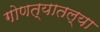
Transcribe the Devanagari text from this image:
गोणत्यातल्या